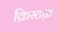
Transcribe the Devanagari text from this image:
क्रिस्टफ़